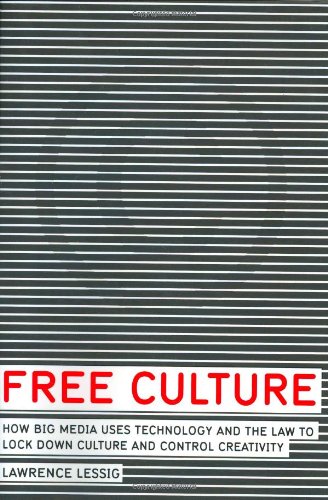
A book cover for Free Culture: How Big Media Uses Technology and the Law to Lock Down Culture and Control Creativity; Lawrence Lessig; Law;